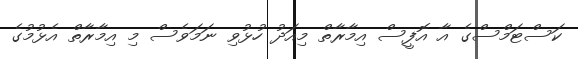
ކަސްޓަމްސްގެ އާ އޮފީސް އިމާރާތް މިއަދު ހުޅުވި ނަމަވެސް މި އިމާރާތް އެޅުމުގެ